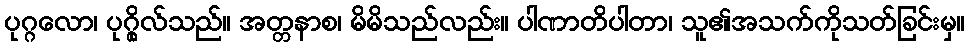
ပုဂ္ဂလော၊ ပုဂ္ဂိုလ်သည်။ အတ္တနာစ၊ မိမိသည်လည်း။ ပါဏာတိပါတာ၊ သူ၏အသက်ကိုသတ်ခြင်းမှ။